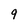
Character: 9